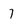
Character: 7